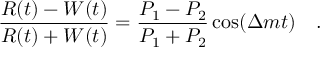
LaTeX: \frac { R ( t ) - W ( t ) } { R ( t ) + W ( t ) } = \frac { P _ { 1 } - P _ { 2 } } { P _ { 1 } + P _ { 2 } } \cos ( \Delta m t ) ~ ~ ~ .